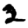
Digit: 2